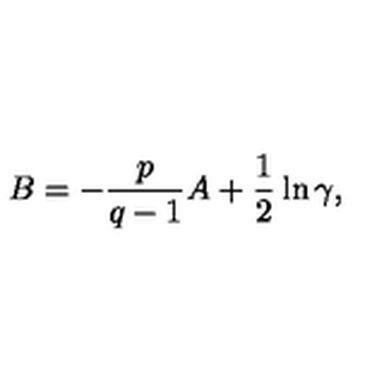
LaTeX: B = - \frac { p } { q - 1 } A + \frac 1 2 \ln \gamma ,